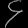
Digit: ၄